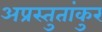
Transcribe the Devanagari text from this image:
अप्रस्तुतांकुर